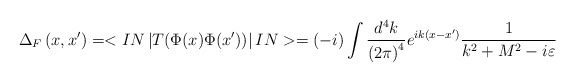
\begin{align*}\Delta _F\left( x,x^{\prime }\right) =<IN\left| T(\Phi (x)\Phi (x^{\prime}))\right| IN>=(-i)\int \frac{d^4k}{\left( 2\pi \right) ^4}e^{ik(x-x^{\prime})}\frac 1{k^2+M^2-i\varepsilon }\end{align*}